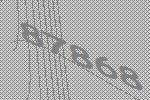
87868